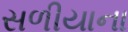
સળીયાના